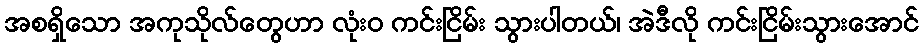
အစရှိသော အကုသိုလ်တွေဟာ လုံးဝ ကင်းငြိမ်း သွားပါတယ်၊ အဲဒီလို ကင်းငြိမ်းသွားအောင်